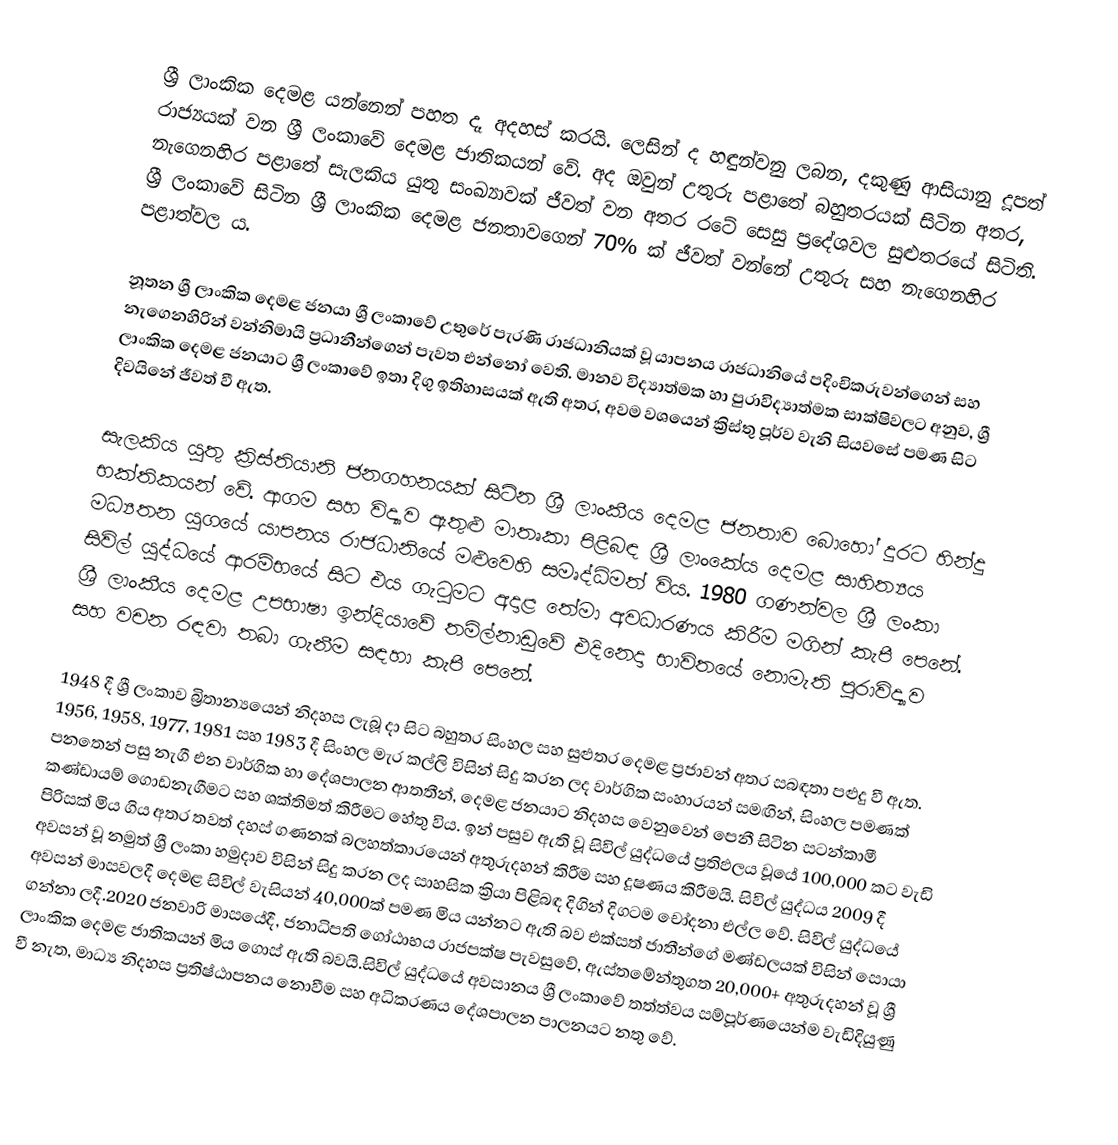
ශ්‍රී ලාංකික දෙමළ යන්නෙන් පහත දෑ අදහස් කරයි. ලෙසින් ද හඳුන්වනු ලබන, දකුණු ආසියානු දූපත් රාජ්‍යයක් වන ශ්‍රී ලංකාවේ දෙමළ ජාතිකයන් වේ. අද ඔවුන් උතුරු පළාතේ බහුතරයක් සිටින අතර, නැගෙනහිර පළාතේ සැලකිය යුතු සංඛ්‍යාවක් ජීවත් වන අතර රටේ සෙසු ප්‍රදේශවල සුළුතරයේ සිටිති. ශ්‍රී ලංකාවේ සිටින ශ්‍රී ලාංකික දෙමළ ජනතාවගෙන් 70% ක් ජීවත් වන්නේ උතුරු සහ නැගෙනහිර පළාත්වල ය.

නූතන ශ්‍රී ලාංකික දෙමළ ජනයා ශ්‍රී ලංකාවේ උතුරේ පැරණි රාජධානියක් වූ යාපනය රාජධානියේ පදිංචිකරුවන්ගෙන් සහ නැගෙනහිරින් වන්නිමායි ප්‍රධානීන්ගෙන් පැවත එන්නෝ වෙති. මානව විද්‍යාත්මක හා පුරාවිද්‍යාත්මක සාක්ෂිවලට අනුව, ශ්‍රී ලාංකික දෙමළ ජනයාට ශ්‍රී ලංකාවේ ඉතා දිගු ඉතිහාසයක් ඇති අතර, අවම වශයෙන් ක්‍රිස්තු පූර්ව වැනි සියවසේ පමණ සිට දිවයිනේ ජීවත් වී ඇත.

සැලකිය යුතු ක්‍රිස්තියානි ජනගහනයක් සිටින ශ්‍රී ලාංකීය දෙමළ ජනතාව බොහෝ දුරට හින්දු භක්තිකයන් වේ. ආගම සහ විද්‍යාව ඇතුළු මාතෘකා පිළිබඳ ශ්‍රී ලාංකේය දෙමළ සාහිත්‍යය මධ්‍යතන යුගයේ යාපනය රාජධානියේ මළුවෙහි සමෘද්ධිමත් විය. 1980 ගණන්වල ශ්‍රී ලංකා සිවිල් යුද්ධයේ ආරම්භයේ සිට එය ගැටුමට අදාළ තේමා අවධාරණය කිරීම මගින් කැපී පෙනේ. ශ්‍රී ලාංකීය දෙමළ උපභාෂා ඉන්දියාවේ තමිල්නාඩුවේ එදිනෙදා භාවිතයේ නොමැති පුරාවිද්‍යාව සහ වචන රඳවා තබා ගැනීම සඳහා කැපී පෙනේ.

1948 දී ශ්‍රී ලංකාව බ්‍රිතාන්‍යයෙන් නිදහස ලැබූ දා සිට බහුතර සිංහල සහ සුළුතර දෙමළ ප්‍රජාවන් අතර සබඳතා පළුදු වී ඇත. 1956, 1958, 1977, 1981 සහ 1983 දී සිංහල මැර කල්ලි විසින් සිදු කරන ලද වාර්ගික සංහාරයන් සමඟින්, සිංහල පමණක් පනතෙන් පසු නැගී එන වාර්ගික හා දේශපාලන ආතතීන්, දෙමළ ජනයාට නිදහස වෙනුවෙන් පෙනී සිටින සටන්කාමී කණ්ඩායම් ගොඩනැගීමට සහ ශක්තිමත් කිරීමට හේතු විය. ඉන් පසුව ඇති වූ සිවිල් යුද්ධයේ ප්‍රතිඵලය වූයේ 100,000 කට වැඩි පිරිසක් මිය ගිය අතර තවත් දහස් ගණනක් බලහත්කාරයෙන් අතුරුදහන් කිරීම සහ දූෂණය කිරීමයි. සිවිල් යුද්ධය 2009 දී අවසන් වූ නමුත් ශ්‍රී ලංකා හමුදාව විසින් සිදු කරන ලද සාහසික ක්‍රියා පිළිබඳ දිගින් දිගටම චෝදනා එල්ල වේ. සිවිල් යුද්ධයේ අවසන් මාසවලදී දෙමළ සිවිල් වැසියන් 40,000ක් පමණ මිය යන්නට ඇති බව එක්සත් ජාතීන්ගේ මණ්ඩලයක් විසින් සොයා ගන්නා ලදී.2020 ජනවාරි මාසයේදී, ජනාධිපති ගෝඨාභය රාජපක්ෂ පැවසුවේ, ඇස්තමේන්තුගත 20,000+ අතුරුදහන් වූ ශ්‍රී ලාංකික දෙමළ ජාතිකයන් මිය ගොස් ඇති බවයි.සිවිල් යුද්ධයේ අවසානය ශ්‍රී ලංකාවේ තත්ත්වය සම්පූර්ණයෙන්ම වැඩිදියුණු වී නැත, මාධ්‍ය නිදහස ප්‍රතිෂ්ඨාපනය නොවීම සහ අධිකරණය දේශපාලන පාලනයට නතු වේ.